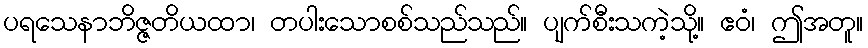
ပရသေနာဘိဇ္ဇတိယထာ၊ တပါးသောစစ်သည်သည်။ ပျက်စီးသကဲ့သို့။ ဧဝံ၊ ဤအတူ။